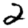
Digit: 2